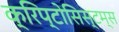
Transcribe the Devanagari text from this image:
क्रिप्टोसिस्टम्स